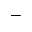
-